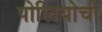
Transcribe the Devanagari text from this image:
पोलियोची